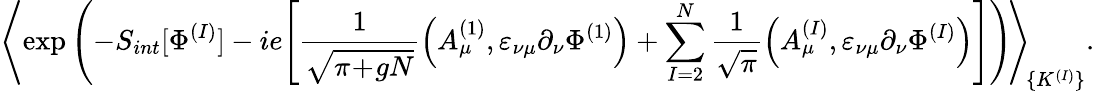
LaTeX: \Bigg\langle\! \exp\left(-S_{int}[\Phi^{(I)}]-ie\Bigg[\frac{1}{\sqrt{\pi\! +\! gN}}\Big(A_{\mu}^{(1)},\varepsilon_{\nu\mu}\partial_{\nu}\Phi^{(1)}\Big)+\sum_{I=2}^{N}\frac{1}{\sqrt{\pi}}\Big(A_{\mu}^{(I)},\varepsilon_{\nu\mu}\partial_{\nu}\Phi^{(I)}\Big)\Bigg]\right)\! \Bigg\rangle_{\! \{ K^{(I)}\} }.